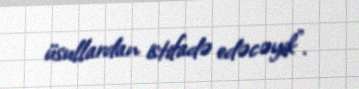
üsullardan istifadə edəcəyik”.